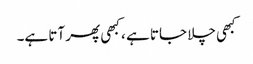
کبھی چلا جاتا ہے ، کبھی پھر آتا ہے۔